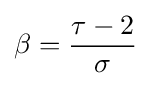
\beta ={\frac {\tau -2}{\sigma }}\,\!